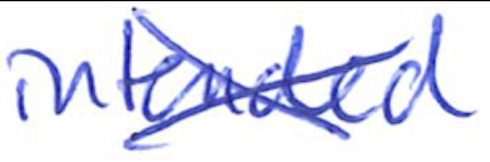
Text: intended
Cross-out: mix
Writing tool: ballpoint